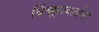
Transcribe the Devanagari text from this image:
विंचूरावाईन